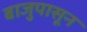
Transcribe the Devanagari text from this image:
बाजुपासून